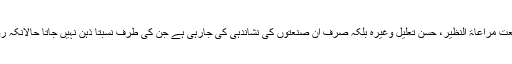
دبیر کے کلام سے معروف صنعتوں کی مثالیں نہیں پیش کی جاری ہیں جیسے ایہام، رعایت لفظی، صنعت مراعاۃ النظیر، حُسن تعلیل وغیرہ بلکہ صرف ان صنعتوں کی نشاندہی کی جارہی ہے جن کی طرف نسبتاً ذہن نہیں جاتا حالانکہ روزآنہ کی بات چیت میں ان میں سے اکثر صنعتیں شرفاء اور اہل علم کے کلام میں خود بخود آجاتی ہیں ۔